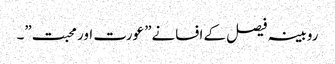
روبینہ فیصل کے افسانے” عورت اور محبت”۔